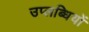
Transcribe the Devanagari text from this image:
उप्लब्धियों